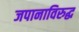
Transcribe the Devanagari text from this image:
जपानाविरुद्ध